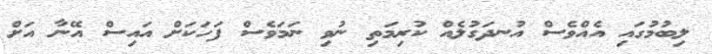
ލިބުމުގައި އެއްވެސް އުނދަގުލެއް ކުރިމަތި ނުވި ނަމަވެސް ފަހަކަށް އައިސް އޭނާ އަށް